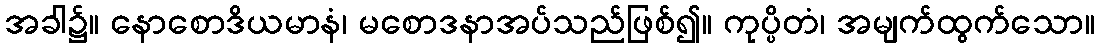
အခါ၌။ နောစောဒိယမာနံ၊ မစောဒနာအပ်သည်ဖြစ်၍။ ကုပ္ပိတံ၊ အမျက်ထွက်သော။